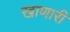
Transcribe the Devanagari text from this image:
खाणारी